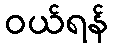
ဝယ်ရန်